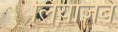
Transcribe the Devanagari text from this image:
लियाजब